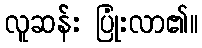
လူဆန်း ပြုံးလာ၏။